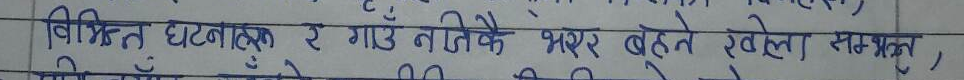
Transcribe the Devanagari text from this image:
विभिन्न घटनाहरू र गाउँ नजिकै भएर बहने खोला सम्झना